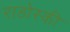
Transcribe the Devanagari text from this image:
राडोस्की